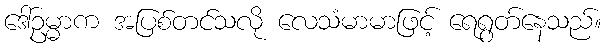
ဒေါ်ဥမ္မာက အပြစ်တင်သလို လေသံမာမာဖြင့် ရေရွတ်နေသည်။